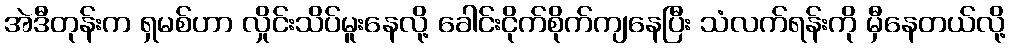
အဲဒီတုန်းက ရှမစ်ဟာ လှိုင်းသိပ်မူးနေလို့ ခေါင်းငိုက်စိုက်ကျနေပြီး သံလက်ရန်းကို မှီနေတယ်လို့